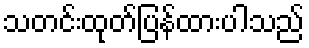
သတင်းထုတ်ပြန်ထားပါသည်